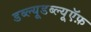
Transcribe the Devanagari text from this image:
डब्ल्यूडब्ल्यूऍफ़